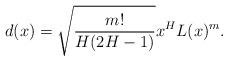
LaTeX: \begin{align*}d(x) = \sqrt{\frac{m!}{H(2H-1)}} x^H L(x)^m.\end{align*}